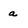
Character: a